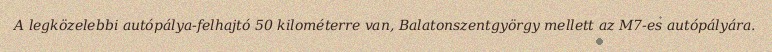
A legközelebbi autópálya-felhajtó 50 kilométerre van, Balatonszentgyörgy mellett az M7-es autópályára.